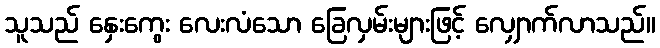
သူသည် နှေးကွေး လေးလံသော ခြေလှမ်းများဖြင့် လျှောက်လာသည်။